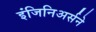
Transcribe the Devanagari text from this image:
इंजिनिअर्सने